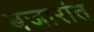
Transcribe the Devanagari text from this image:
बजारांत